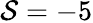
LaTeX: \mathcal{S}=-5